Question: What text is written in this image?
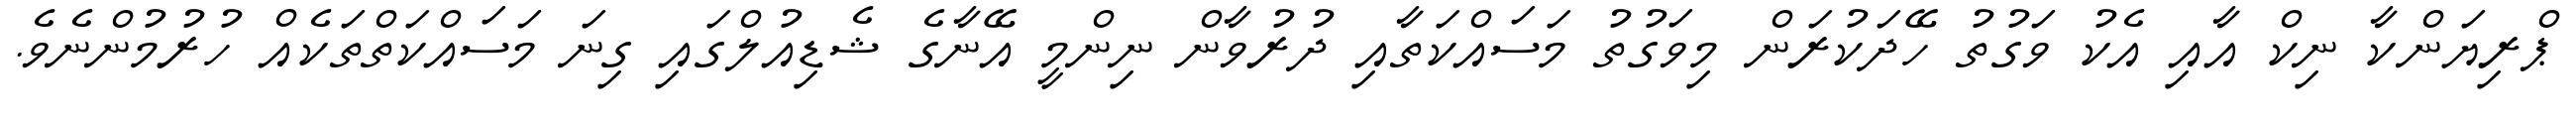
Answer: ޕްރިޔަންކާ ނިކް އާއި އެކު ވަގުތު ހޭދަކުރަން މިވަގުތު މަސައްކަތާއި ދުރުވާން ނިންމީ އޭނާގެ ޝެޑިއުލްގައި ގިނަ މަސައްކަތްތަކެއް ހުރުމުންނެވެ.